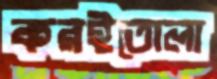
করইতোলা